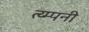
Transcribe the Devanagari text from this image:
त्य्म्पनी